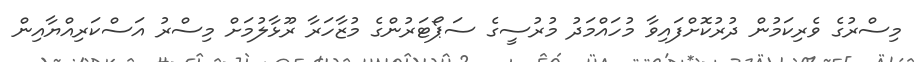
މިސްރުގެ ވެރިކަމުން ދުރުކޮށްފައިވާ މުހައްމަދު މުރުސީގެ ސަޕޯޓަރުންގެ މުޒާހަރާ ރޫޅާލުމަށް މިސްރު އަސްކަރިއްޔާއިން